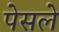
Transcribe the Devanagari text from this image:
पेसले